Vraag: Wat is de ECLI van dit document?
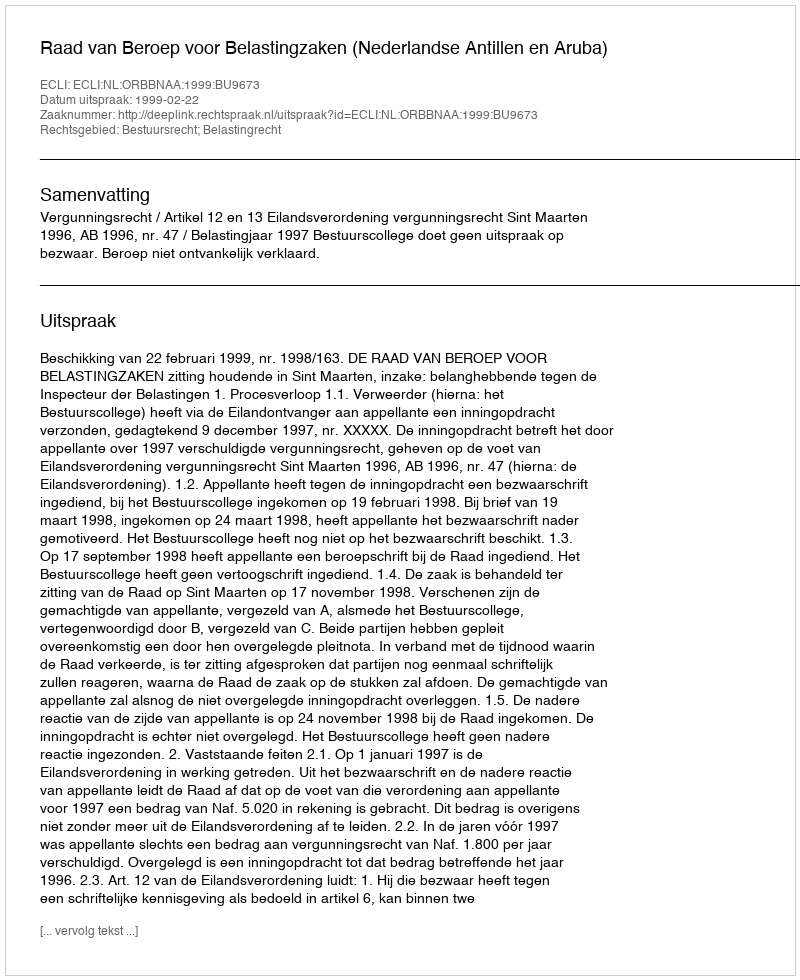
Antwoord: ECLI:NL:ORBBNAA:1999:BU9673